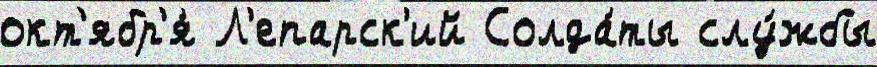
окт'ябр'я́ Л'епарск'ий Солда́ты слу́жбы